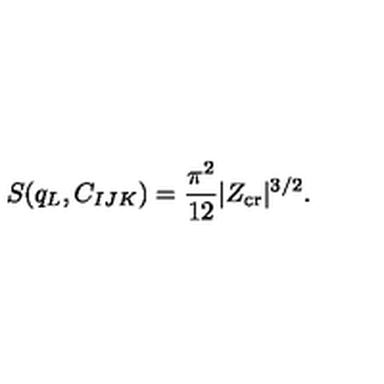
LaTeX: S ( q _ { L } , C _ { I J K } ) = { \frac { \pi ^ { 2 } } { 1 2 } } | Z _ { \mathrm { c r } } | ^ { 3 / 2 } .